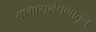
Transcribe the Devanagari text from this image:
मागासलेपणातून